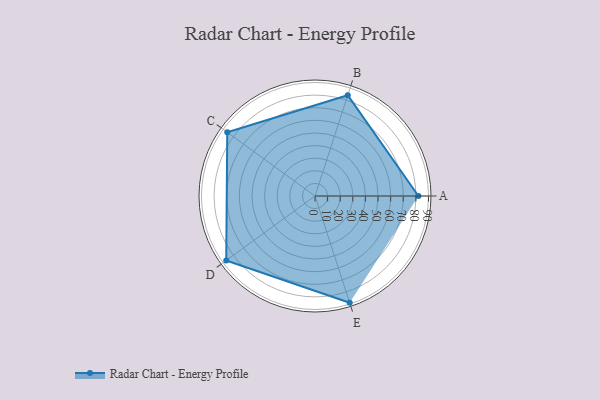
{"axis": {"x": "Skill", "y": "Score"}, "legend": ["Profile"], "data": [{"x": "A", "y": 82.0, "type": "Profile"}, {"x": "B", "y": 84.0, "type": "Profile"}, {"x": "C", "y": 86.0, "type": "Profile"}, {"x": "D", "y": 87.0, "type": "Profile"}, {"x": "E", "y": 89.0, "type": "Profile"}]}